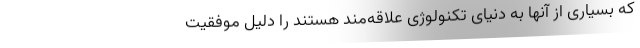
که بسیاری از آنها به دنیای تکنولوژی علاقه‌مند هستند را دلیل موفقیت